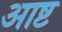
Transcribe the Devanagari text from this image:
आष्ट